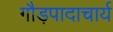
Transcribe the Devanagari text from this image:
गौड़पादाचार्य